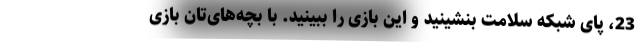
23، پای شبکه سلامت بنشینید و این بازی را ببینید. با بچه‌های‌تان بازی